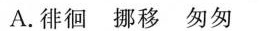
A.徘徊 挪移 匆匆